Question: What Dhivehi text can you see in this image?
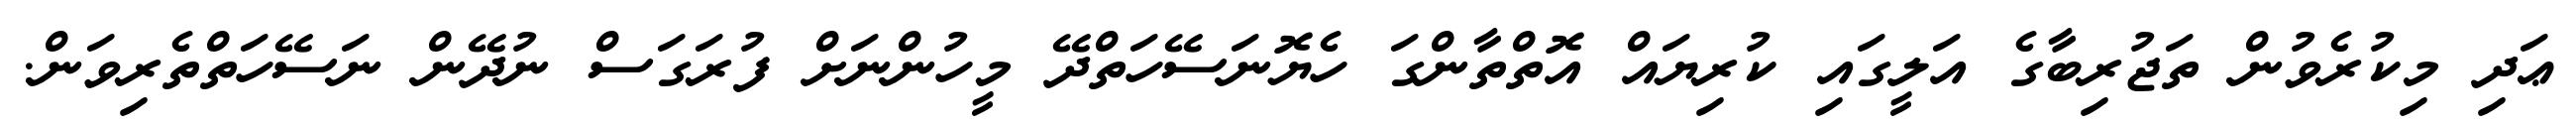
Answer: ޢަދި މިކުރެވުން ތަޖުރިބާގެ އަލީގައި ކުރިޔައް އޮތްތާންގަ ހެޔޮނަސޭހަތްދޭ މީހުންނަށް ފުރަގަސް ނުދޭން ނަސޭހަތްތެރިވަން.